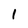
Character: 1